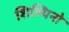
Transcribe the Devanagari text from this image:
शिल्पिनो